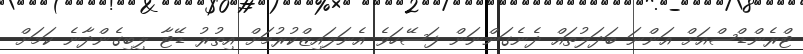
ޓްރެންޑްސްއަށް އަންނަ ބަދަލުތައް ދެނެގަންނަން ފަސޭހަވެ އެނަލައިޒްކުރުމަށް އިތުރު ޑޭޓާ ލިބިގެންދާނެ ކަމަށް